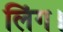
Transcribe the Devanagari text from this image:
लिंग।